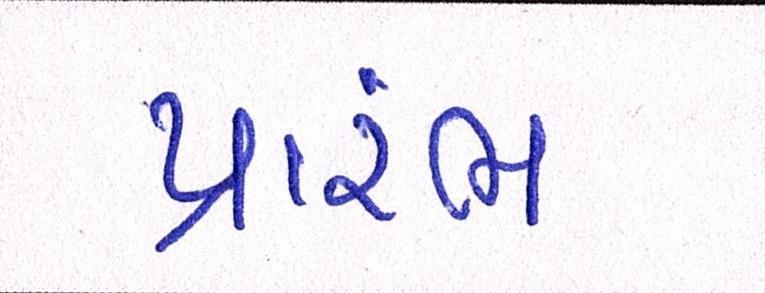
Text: પ્રારંભ